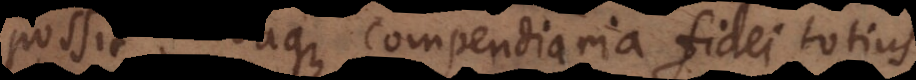
possit. Eaque compendiaria fidei totius